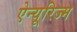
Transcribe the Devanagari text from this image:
ऐन्यूरिज्म